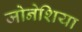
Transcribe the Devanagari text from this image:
जोनेशिया